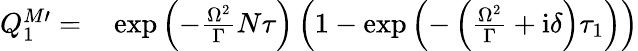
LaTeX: \begin{array}{rl}{Q_{1}^{M\prime}=}&{{}\exp\left(-\frac{\Omega^{2}}{\Gamma}N\tau\right)\left(1-\exp\left(-\left(\frac{\Omega^{2}}{\Gamma}+\mathrm{i}\delta\right)\tau_{1}\right)\right)}\end{array}